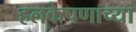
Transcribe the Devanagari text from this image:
हलकेपणाच्या